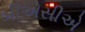
બીએસીએ